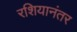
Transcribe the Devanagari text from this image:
रशियानंतर